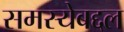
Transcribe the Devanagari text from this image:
समस्येबद्दल